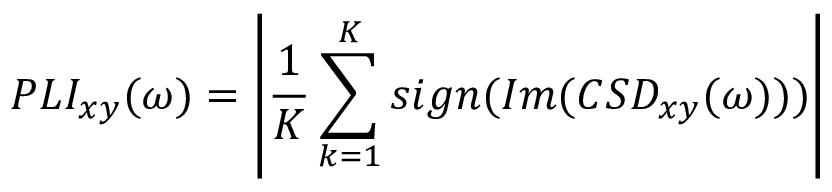
P L I _ { x y } ( \omega ) = \left| \frac { 1 } { K } \sum _ { k = 1 } ^ { K } s i g n ( I m ( C S D _ { x y } ( \omega ) ) ) \right|